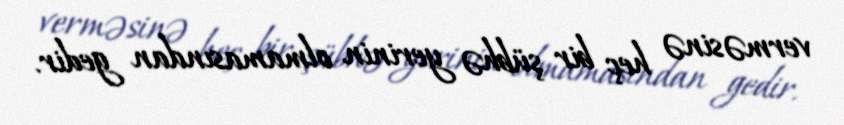
verməsinə heç bir şübhə yerinin olmamasından gedir.